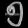
Digit: ၅